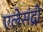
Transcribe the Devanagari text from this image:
एलेसंद्रो